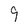
Character: 9